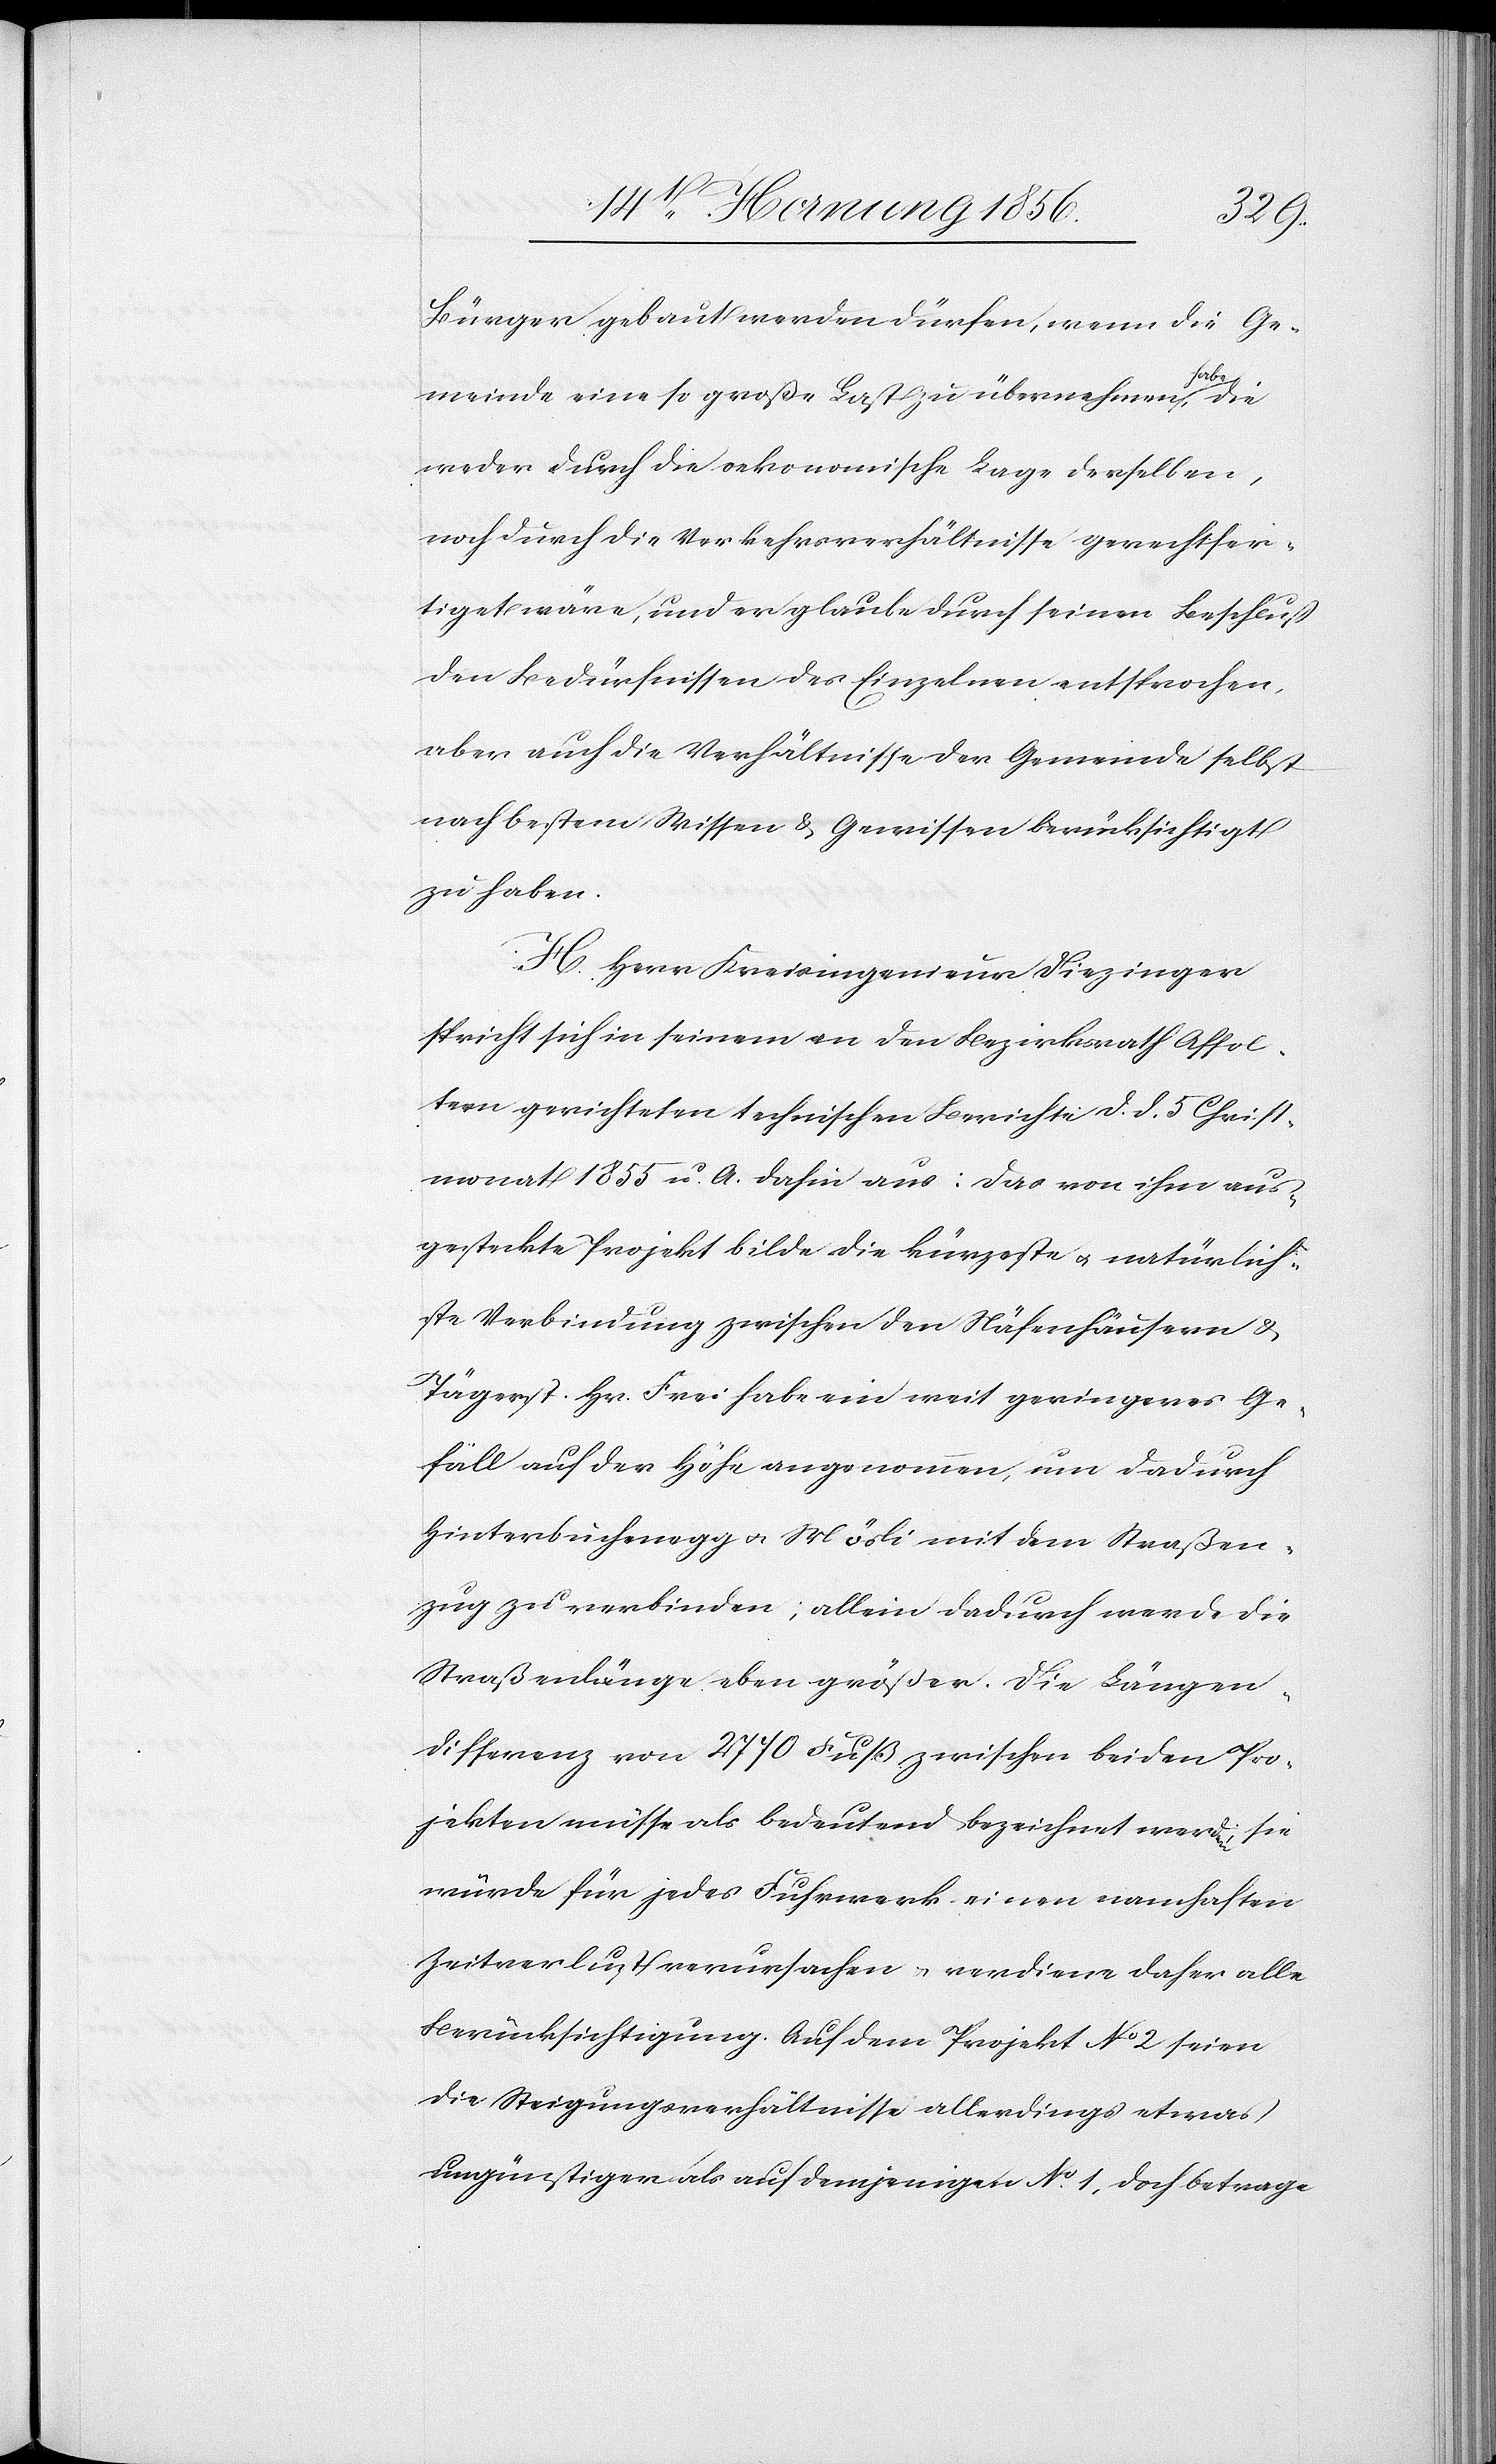
Bürger gebaut werden dürfen, wenn die Ge¬
meinde eine so große Last zu übernehmen a-habe-a,
weder durch die oekonomische Lage derselben,
noch durch die Verkehrsverhältnisse gerechtfer¬
tiget wäre, und er glaube durch seinen Beschluß
den Bedürfnissen des Einzelnen entsprochen,
aber auch die Verhältnisse der Gemeinde selbst
nach bestem Wissen & Gewissen berücksichtigt
zu haben.
H. Herr Kreisingenieur Diezinger
spricht sich in seinem an den Bezirksrath Affol¬
tern gerichteten technischen Berichte d. d. 5 Christ¬
monat 1855 u. A. dahin aus: Das von ihm aus¬
gesteckte Projekt bilde die kürzeste u. natürlich¬
ste Verbindung zwischen den Näfenhäusern &
Tägerst. Hr. Frei habe ein weit geringeres Ge¬
fäll auf der Höhe angenommen, um dadurch
Hinterbuchenegg u. Mösli mit dem Straßen¬
zug zu verbinden; allein dadurch werde die
Straßenlänge eben größer. die Längen¬
differenz von 2770 Fuß zwischen beiden Pro¬
jekten müsse als bedeutend bezeichnet werden; sie
würde für jedes Fuhrwerk einen namhaften
Zeitverlust verursachen u. verdiene daher alle
Berücksichtigung. Auf dem Projekt No 2 seien
die Steigungsverhältnisse allerdings etwas
ungünstiger als auf demjenigen No 1, doch betrage